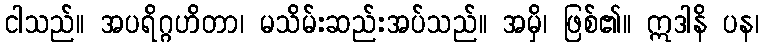
ငါသည်။ အပရိဂ္ဂဟိတာ၊ မသိမ်းဆည်းအပ်သည်။ အမှိ၊ ဖြစ်၏။ ဣဒါနိ ပန၊